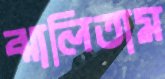
ঝালিতাম